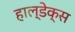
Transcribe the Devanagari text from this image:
हाल्डेक्स